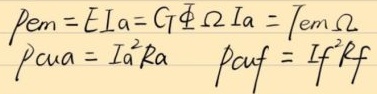
\[
\begin{align*}
P_{em}&=EI_a = G_T\varPhi\Omega I_a=T_{em}\Omega\\
P_{cu_a}&=I_a^{2}R_a\\
P_{cu_f}&=I_f^{2}R_f
\end{align*}
\]